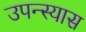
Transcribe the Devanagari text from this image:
उपन्स्यास